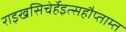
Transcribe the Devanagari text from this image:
राइखसिचेर्हेइत्सहौप्ताम्त